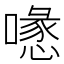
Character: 𠿔